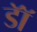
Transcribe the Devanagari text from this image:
डाॅॅ